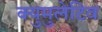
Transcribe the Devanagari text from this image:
क्युमुलेटिव